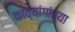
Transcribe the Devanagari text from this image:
काव्यांगांच्या